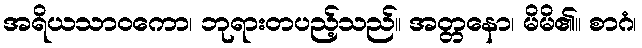
အရိယသာဝကော၊ ဘုရားတပည့်သည်။ အတ္တနော၊ မိမိ၏။ စာဂံ၊